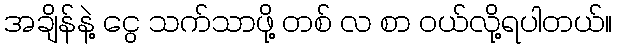
အချိန်နဲ့ ငွေ သက်သာဖို့ တစ် လ စာ ဝယ်လို့ရပါတယ်။